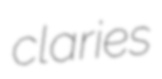
claries